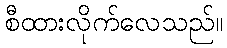
စီထားလိုက်လေသည်။